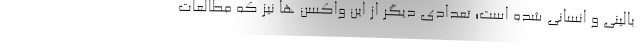
بالینی و انسانی شده است؛ تعدادی دیگر از این واکسن ها نیز که مطالعات